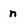
Character: n